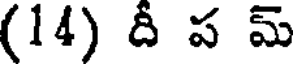
(14) దీ ప మ్